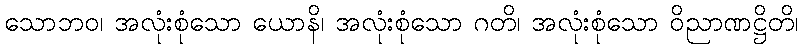
သောဘဝ၊ အလုံးစုံသော ယောနိ၊ အလုံးစုံသော ဂတိ၊ အလုံးစုံသော ဝိညာဏဋ္ဌိတိ၊